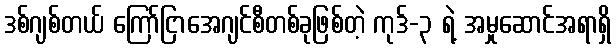
ဒစ်ဂျစ်တယ် ကြော်ငြာအေဂျင်စီတစ်ခုဖြစ်တဲ့ ကုဒ်-၃ ရဲ့ အမှုဆောင်အရာရှိ